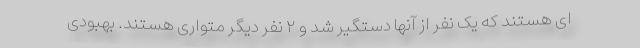
ای هستند که یک نفر از آنها دستگیر شد و ۲ نفر دیگر متواری هستند. بهبودی